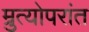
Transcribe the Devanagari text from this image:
म्रुत्योपरांत